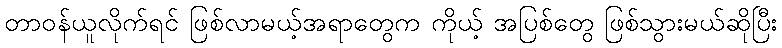
တာဝန်ယူလိုက်ရင် ဖြစ်လာမယ့်အရာတွေက ကိုယ့် အပြစ်တွေ ဖြစ်သွားမယ်ဆိုပြီး